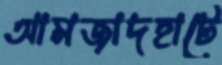
আমজাদহাটে